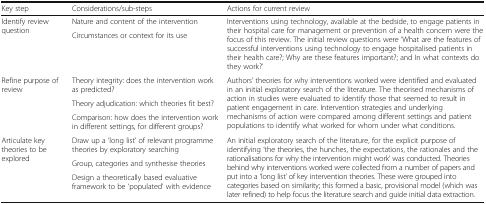
| Key step | Considerations/sub-steps | Actions for current review |
 | --- | --- | --- |
 | <ROWSPAN=2> Identify review question | Nature and content of the intervention | <ROWSPAN=2> Interventions using technology, available at the bedside, to engage patients in their hospital care for management or prevention of a health concern were the focus of this review. The initial review questions were ‘What are the features of successful interventions using technology to engage hospitalised patients in their health care?; Why are these features important?; and In what contexts do they work?’ |
 | Circumstances or context for its use |
 | <ROWSPAN=3> Refine purpose of review | Theory integrity: does the intervention work as predicted? | <ROWSPAN=3> Authors’ theories for why interventions worked were identified and evaluated in an initial exploratory search of the literature. The theorised mechanisms of action in studies were evaluated to identify those that seemed to result in patient engagement in care. Intervention strategies and underlying mechanisms of action were compared among different settings and patient populations to identify what worked for whom under what conditions. |
 | Theory adjudication: which theories fit best? |
 | Comparison: how does the intervention work in different settings, for different groups? |
 | <ROWSPAN=3> Articulate key theories to be explored | Draw up a ‘long list’ of relevant programme theories by exploratory searching | <ROWSPAN=3> An initial exploratory search of the literature, for the explicit purpose of identifying ‘the theories, the hunches, the expectations, the rationales and the rationalisations for why the intervention might work’ was conducted. Theories behind why interventions worked were collected from a number of papers and put into a ‘long list’ of key intervention theories. These were grouped into categories based on similarity; this formed a basic, provisional model (which was later refined) to help focus the literature search and guide initial data extraction. |
 | Group, categories and synthesise theories |
 | Design a theoretically based evaluative framework to be ‘populated’ with evidence |